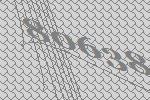
80638